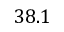
3 8 . 1